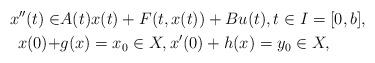
LaTeX: \begin{align*}x''(t)\in&A(t)x(t)+F(t,x(t))+Bu(t), t\in I=[0,b],\\x(0)+&g(x)=x_0\in X,x'(0)+h(x)=y_0\in X,\end{align*}